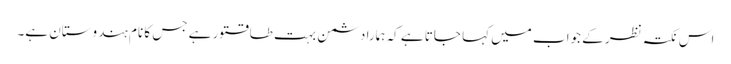
اس نکتہ نظر کے جواب میں کہا جاتا ہے کہ ہمارا دشمن بہت طاقتور ہے جس کا نام ہندوستان ہے۔